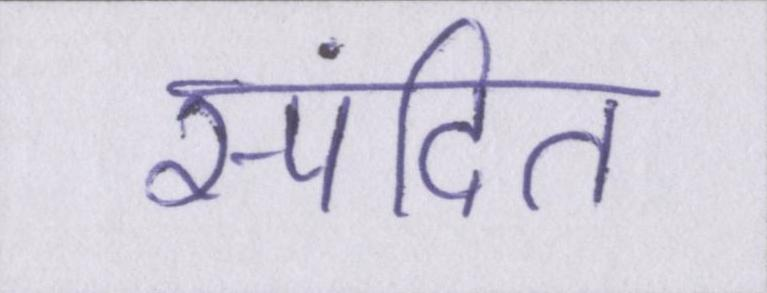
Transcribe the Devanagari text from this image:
स्पंदित